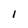
Character: l